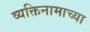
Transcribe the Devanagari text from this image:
व्यक्तिनामाच्या